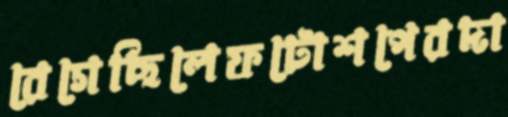
রেগেছিলেফটোশপেরদা